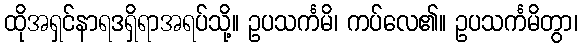
ထိုအရှင်နာရဒရှိရာအရပ်သို့။ ဥပသင်္ကမိ၊ ကပ်လေ၏။ ဥပသင်္ကမိတွာ၊